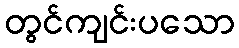
တွင်ကျင်းပသော